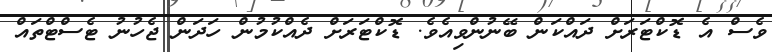
ވެސް އެ ޑޮކްޓަރަށް ދައްކަން ބޭނުންވިއެވެ. ޑޮކްޓަރަށް ދެއްކުމުން ހަދަން ޖެހުނު ޓެސްޓްތައް